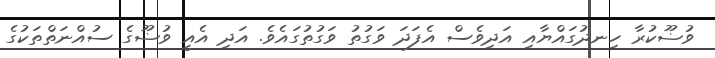
ވުޟޫކުރާ ހިނދުގައްޔާއި އަދިވެސް އެފަދަ ވަގުތު ވަގުތުގައެވެ. އަދި އެއީ ވުޟޫގެ ސުއްނަތްތަކުގެ